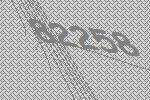
82258